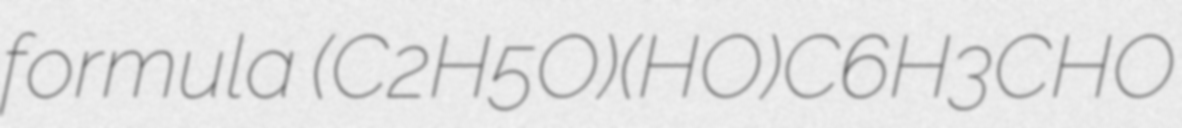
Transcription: formula (C2H5O)(HO)C6H3CHO